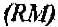
(RM)